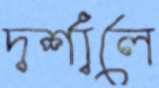
দর্শালে